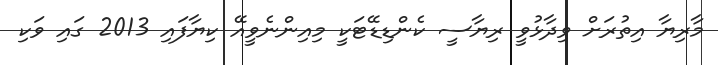
މާރިޔާ އިތުރަށް ވިދާޅުވީ ރިޔާސީ ކެންޑިޑޭޓަކީ މިއިންނެވީއޭ ކިޔާފައި 2013 ގައި ވަކި